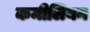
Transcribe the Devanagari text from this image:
कमीलियन